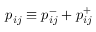
p _ { i j } \equiv p _ { i j } ^ { - } + p _ { i j } ^ { + }